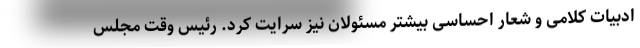
ادبیات کلامی و شعار احساسی بیشتر مسئولان نیز سرایت کرد. رئیس وقت مجلس